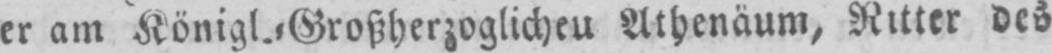
Athenäum, Ritter des